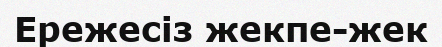
Ережесіз жекпе-жек